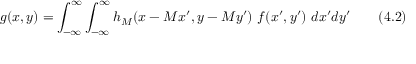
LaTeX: g ( x , y ) = \int _ { - \infty } ^ { \infty } \int _ { - \infty } ^ { \infty } h _ { M } ( x - M x ^ { \prime } , y - M y ^ { \prime } ) ~ f ( x ^ { \prime } , y ^ { \prime } ) ~ d x ^ { \prime } d y ^ { \prime } ~ ~ ~ ~ ~ ~ ( 4 . 2 )